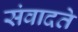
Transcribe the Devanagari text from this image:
संवादते